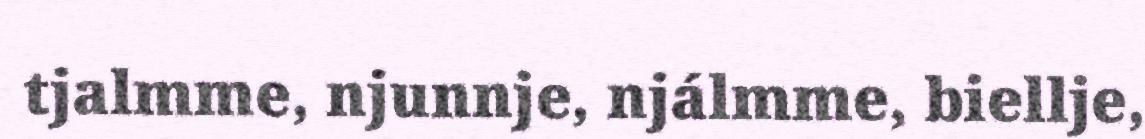
tjalmme, njunnje, njálmme, biellje,